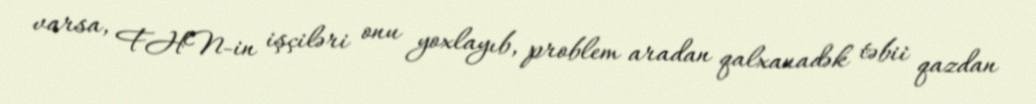
varsa, FHN-in işçiləri onu yoxlayıb, problem aradan qalxanadək təbii qazdan